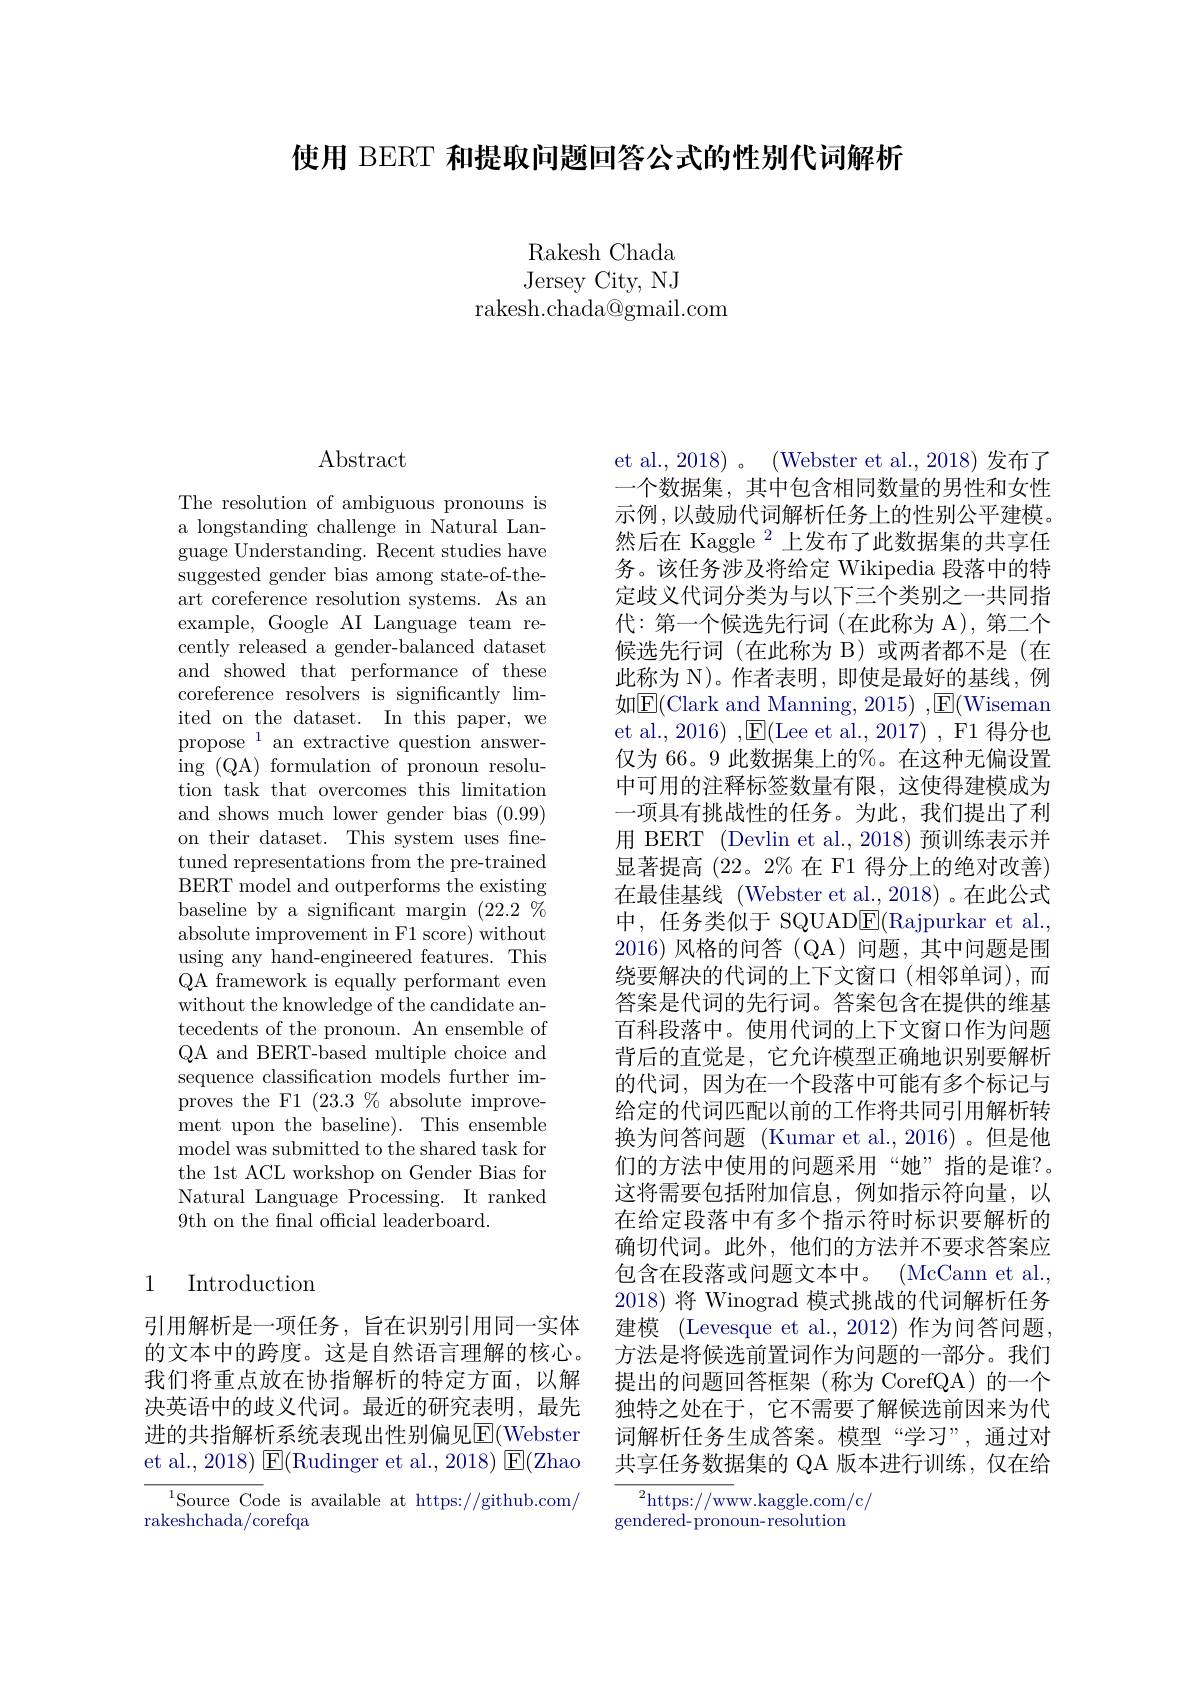
使用 BERT 和提取问题回答公式的性别代词解析

Rakesh Chada Jersey City, NJ
rakesh.chada@gmail.com

# Abstract

The resolution of ambiguous pronouns is a longstanding challenge in Natural Language Understanding. Recent studies have suggested gender bias among state-of-theart coreference resolution systems. As an example, Google AI Language team recently released a gender-balanced dataset and showed that performance of these coreference resolvers is significantly limited on the dataset. In this paper, we propose$^1$an extractive question answering (QA) formulation of pronoun resolution task that overcomes this limitation and shows much lower gender bias (0.99) on their dataset. This system uses finetuned representations from the pre-trained BERT model and outperforms the existing baseline by a significant margin $(22.2\%$ absolute improvement in F1 score) without using any hand-engineered features. This QA framework is equally performant even without the knowledge of the candidate antecedents of the pronoun. An ensemble of QA and BERT-based multiple choice and sequence classification models further improves the F1 $(23.3\%$ absolute improvement upon the baseline). This ensemble model was submitted to the shared task for the 1st ACL workshop on Gender Bias for Natural Language Processing. It ranked 9th on the final official leaderboard.

# 1 Introduction

引用解析是一项任务，旨在识别引用同一实体的文本中的跨度。这是自然语言理解的核心。我们将重点放在协指解析的特定方面，以解决英语中的歧义代词。最近的研究表明，最先进的共指解析系统表现出性别偏见$\operatorname{E}($Webster et al., 2018) $\operatorname{E}($Rudinger et al., 2018) $\operatorname{E}($Zhao

${\overline{{\mathrm{Source~Co}}}}$de is available at https://github.com/
rakeshchada/corefqa

et al., 2018)。(Webster et al., 2018)发布了一个数据集，其中包含相同数量的男性和女性示例，以鼓励代词解析任务上的性别公平建模。然后在 Kaggle $^{2}$上发布了此数据集的共享任务。该任务涉及将给定 Wikipedia 段落中的特定歧义代词分类为与以下三个类别之一共同指代：第一个候选先行词(在此称为 A),第二个候选先行词(在此称为 B)或两者都不是(在此称为 N)。作者表明，即使是最好的基线，例如$\overline{\mathrm{E}}($Clark and Manning, 2015) ,$\underline{\mathrm{E}}($Wiseman et al., 2016) ,$\underline{\mathrm{E}}($Lee et al., 2017) , F1 得分也仅为 66。9 此数据集上的%。在这种无偏设置中可用的注释标签数量有限，这使得建模成为一项具有挑战性的任务。为此，我们提出了利用 BERT (Devlin et al., 2018)预训练表示并显著提高 (22。2% 在 F1 得分上的绝对改善) 在最佳基线 (Webster et al.,2018)。在此公式中，任务类似于 SQUAD$\boxed{\mathrm{F}}($Rajpurkar et al., 2016)风格的问答(QA)问题，其中问题是围绕要解决的代词的上下文窗口(相邻单词),而答案是代词的先行词。答案包含在提供的维基百科段落中。使用代词的上下文窗口作为问题背后的直觉是，它允许模型正确地识别要解析的代词，因为在一个段落中可能有多个标记与给定的代词匹配以前的工作将共同引用解析转换为问答问题 (Kumar et al., 2016)。但是他们的方法中使用的问题采用“她”指的是谁？。这将需要包括附加信息，例如指示符向量，以在给定段落中有多个指示符时标识要解析的确切代词。此外，他们的方法并不要求答案应包含在段落或问题文本中。(McCann et al., 2018) 将 Winograd 模式挑战的代词解析任务建模 (Levesque et al.,2012)作为问答问题， 方法是将候选前置词作为问题的一部分。我们提出的问题回答框架(称为 CorefQA)的一个独特之处在于，它不需要了解候选前因来为代词解析任务生成答案。模型“学习”,通过对共享任务数据集的 QA 版本进行训练，仅在给
${\overline{{^2}\underset{\operatorname*{https:}}//\mathrm{ww}}}$w.kaggle.com/c/

gendered- pronoun- resolution